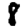
Digit: 8